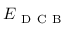
E _ { \mathrm { ~ D ~ C ~ B ~ } }